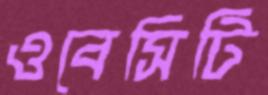
ওবেসিটি